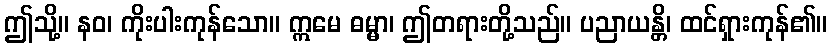
ဤသို့။ နဝ၊ ကိုးပါးကုန်သော။ ဣမေ ဓမ္မာ၊ ဤတရားတို့သည်။ ပညာယန္တိ၊ ထင်ရှားကုန်၏။